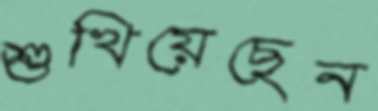
শুখিয়েছেন